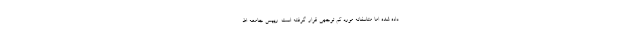
داده شده اما متاسفانه مورد کم توجهی قرار گرفته است. رییس جامعه اط